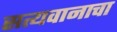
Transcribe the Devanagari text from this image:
सत्यवानाचा